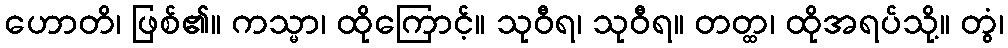
ဟောတိ၊ ဖြစ်၏။ ကသ္မာ၊ ထိုကြောင့်။ သုဝီရ၊ သုဝီရ။ တတ္ထ၊ ထိုအရပ်သို့။ တွံ၊